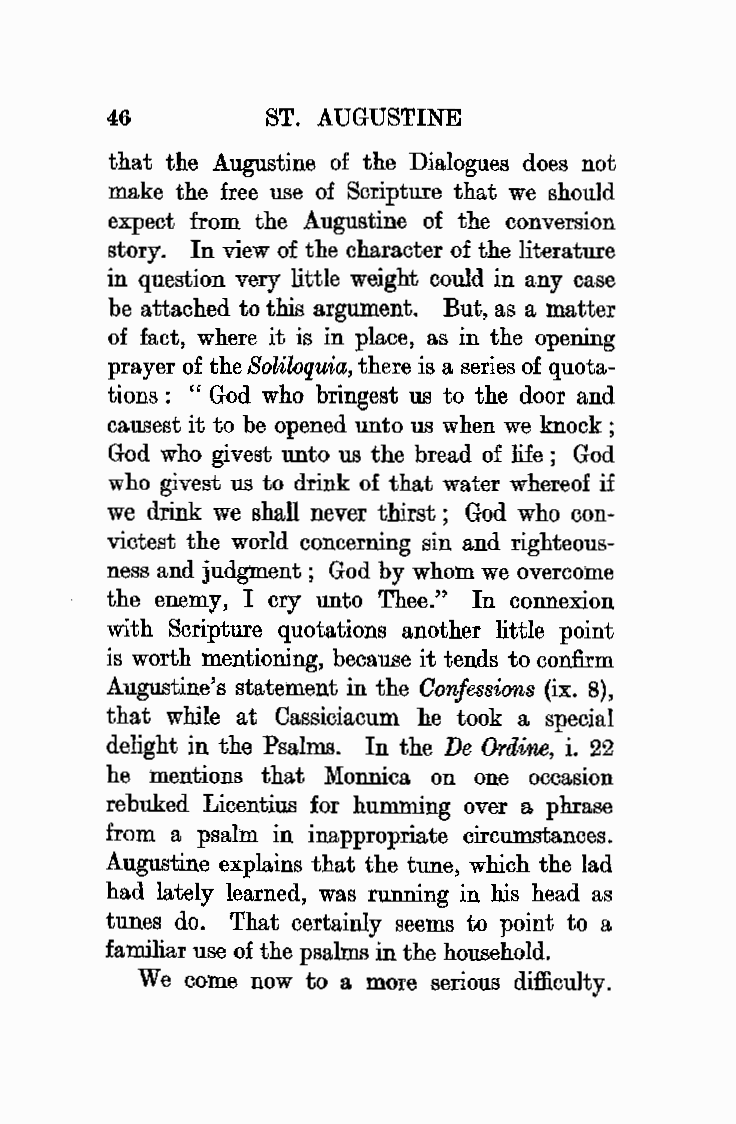
46         ST. AUGUSTINE
 that the Augustine of the Dialogues does not
 make the free use of Scripture that we should
 expect from the Augustine of the conversion
 story. In view of the character of the literature
 in question very little weight could in any case
 be attached to this argument. But, as a matter
 of fact, where it is in place, as in the opening
 prayer of the Soliloquia, there is a series of quota
 tions : " God who bringest us to the door and
 causest it to be opened unto us when we knock;
 God who givest unto us the bread of life ; God
 who givest us to drink of that water whereof if
 we drink we shall never thirst; God who oon
 victest the world concerning sin and righteous
 ness and judgment ; God by whom we overcome
 the enemy, I cry unto Thee." In connexion
 with Scripture quotations another little point
 is worth mentioning, because it tends to confirm
 Augustine's statement in the Confessions {ix. 8),
 that while at Cassiciacum he took a special
 delight in the Psalms. In the De Ordine, i. 22
 he mentions that Monnica on one occasion
 rebuked Licentius for humming over a phrase
 from a psalm in inappropriate circumstances.
 Augustine explains that the tune, which the lad
 had lately learned, was running in his head as
 tunes do. That certainly seems to point to a
 familiar use of the psalms in the household.
 We come now to a more serious difficulty.